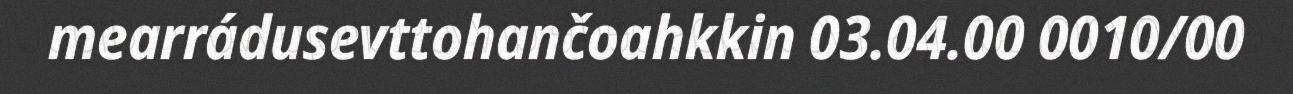
mearrádusevttohančoahkkin 03.04.00 0010/00